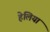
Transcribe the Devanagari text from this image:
हेलिया